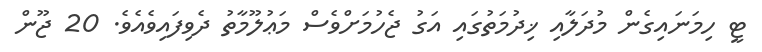
ޓީ ހިމަނައިގެން މުދަލާއި ޚިދުމަތުގައި އަގު ޖެހުމަށްވެސް މަޢުލޫމާތު ދެވިފައިވެއެވެ. 20 ޖޫން